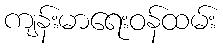
ကျန်းမာရေးဝန်ထမ်း